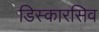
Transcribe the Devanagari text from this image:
डिस्कारसिव